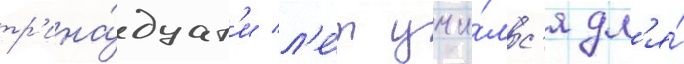
тр'ина́дцат'и л'е́т учи́лс'я дл'я́